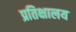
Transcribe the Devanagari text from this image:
प्रतिक्षालय